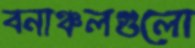
বনাঞ্চলগুলো